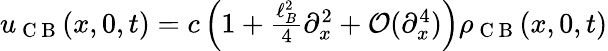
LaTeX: \begin{array}{r}{u_{\mathrm{~C~B~}}(x,0,t)=c\left(1+\frac{\ell_{B}^{2}}{4}\partial_{x}^{2}+\mathcal{O}(\partial_{x}^{4})\right)\rho_{\mathrm{~C~B~}}(x,0,t)}\end{array}